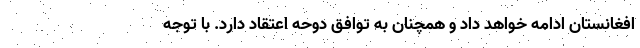
افغانستان ادامه خواهد داد و همچنان به توافق دوحه اعتقاد دارد. با توجه